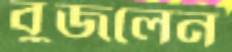
বুজলেন